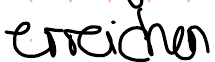
erreichen